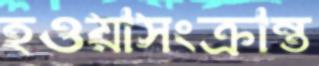
হওয়াসংক্রান্ত